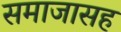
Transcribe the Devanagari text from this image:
समाजासह